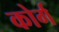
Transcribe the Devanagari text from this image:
कोर्ग